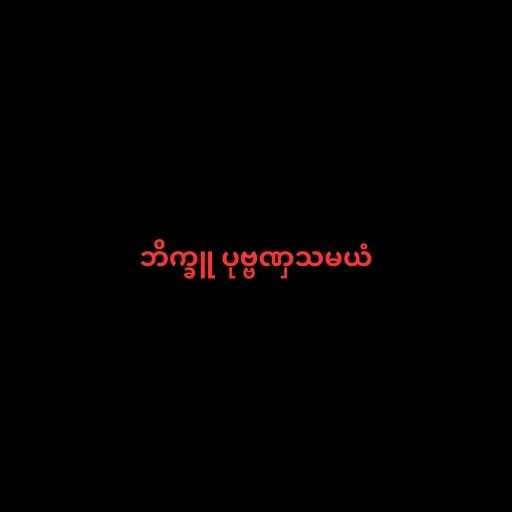
ဘိက္ခူ ပုဗ္ဗဏှသမယံ